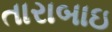
તારાબાઇ